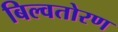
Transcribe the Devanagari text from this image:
बिल्वतोरण